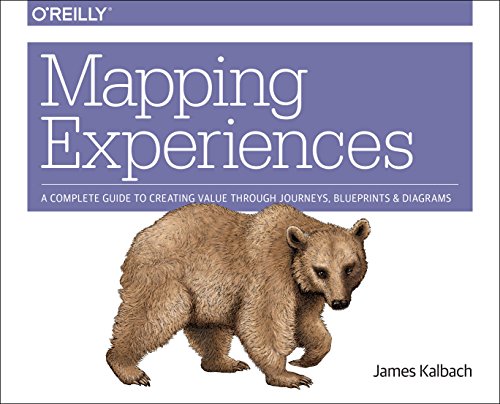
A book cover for Mapping Experiences: A Guide to Creating Value through Journeys, Blueprints, and Diagrams; James Kalbach; Computers & Technology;